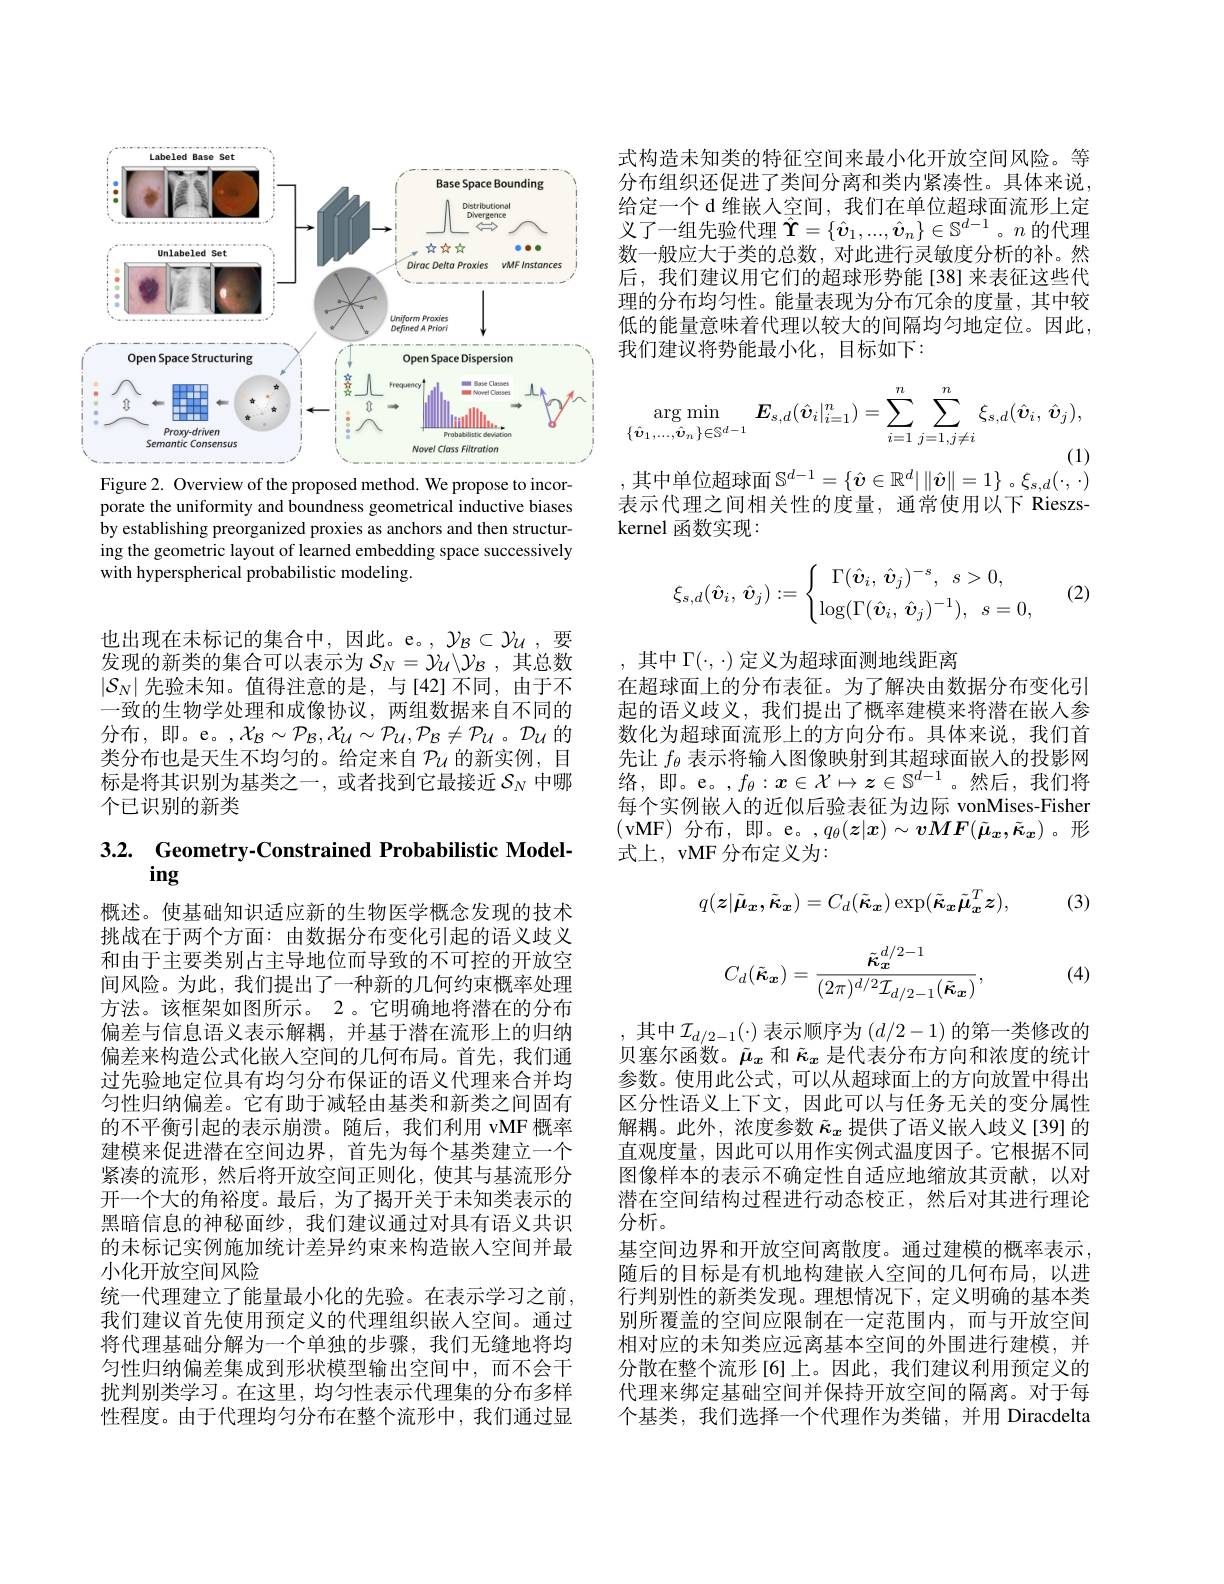
<FigureHere>
Figure 2. Overview of the proposed method. We propose to incor-

porate the uniformity and boundness geometrical inductive biases by establishing preorganized proxies as anchors and then structuring the geometric layout of learned embedding space successively with hyperspherical probabilistic modeling.

也出现在未标记的集合中，因此。e。,$\mathcal{Y}_{\mathcal{B}}\subset\mathcal{Y}_{\mathcal{U}}$,要发现的新类的集合可以表示为$\mathcal{S}_N=\mathcal{Y}_U\backslash\mathcal{Y}_B$,其总数$\left|\mathcal{S}_N\right|$先验未知。值得注意的是，与[42]不同，由于不一致的生物学处理和成像协议，两组数据来自不同的分布，即。e。,$\mathcal{X}_B\sim\mathcal{P}_{\mathcal{B}},\mathcal{X}_{\mathcal{U}}\sim\mathcal{P}_{\mathcal{U}},\mathcal{P}_{\mathcal{B}}\neq\mathcal{P}_{\mathcal{U}}$。$\mathcal{D}_{\mathcal{U}}$的类分布也是天生不均匀的。给定来自$\mathcal{P}_\mathrm{U}$的新实例，目标是将其识别为基类之一，或者找到它最接近$\mathcal{S}_N$中哪个已识别的新类

# 3.2. Geometry- Constrained Probabilistic Model-

概述。使基础知识适应新的生物医学概念发现的技术挑战在于两个方面：由数据分布变化引起的语义歧义和由于主要类别占主导地位而导致的不可控的开放空间风险。为此，我们提出了一种新的几何约束概率处理方法。该框架如图所示。2。它明确地将潜在的分布偏差与信息语义表示解耦，并基于潜在流形上的归纳偏差来构造公式化嵌人空间的几何布局。首先，我们通过先验地定位具有均匀分布保证的语义代理来合并均匀性归纳偏差。它有助于减轻由基类和新类之间固有的不平衡引起的表示崩溃。随后，我们利用 vMF 概率建模来促进潜在空间边界，首先为每个基类建立一个紧凑的流形，然后将开放空间正则化，使其与基流形分开一个大的角裕度。最后，为了揭开关于未知类表示的黑暗信息的神秘面纱，我们建议通过对具有语义共识的未标记实例施加统计差异约束来构造嵌入空间并最小化开放空间风险
统一代理建立了能量最小化的先验。在表示学习之前， 我们建议首先使用预定义的代理组织嵌人空间。通过将代理基础分解为一个单独的步骤，我们无缝地将均匀性归纳偏差集成到形状模型输出空间中，而不会干扰判别类学习。在这里，均匀性表示代理集的分布多样性程度。由于代理均匀分布在整个流形中，我们通过显

式构造未知类的特征空间来最小化开放空间风险。等分布组织还促进了类间分离和类内紧凑性。具体来说， 给定一个 d 维嵌人空间，我们在单位超球面流形上定义了一组先验代理$\hat{\Upsilon}=\{\hat{v}_1,...,\hat{v}_n\}\in\mathbb{S}^{d-1}$。$n$的代理数一般应大于类的总数，对此进行灵敏度分析的补。然后，我们建议用它们的超球形势能[38]来表征这些代理的分布均匀性。能量表现为分布冗余的度量，其中较低的能量意味着代理以较大的间隔均匀地定位。因此， 我们建议将势能最小化，目标如下：
$$\arg\min_{\{\hat{\boldsymbol{v}}_{1},...,\hat{\boldsymbol{v}}_{n}\}\in\mathbb{S}^{d-1}}\boldsymbol{E}_{s,d}(\hat{\boldsymbol{v}}_{i}|_{i=1}^{n})=\sum_{i=1}^{n}\sum_{j=1,j\neq i}^{n}\xi_{s,d}(\hat{\boldsymbol{v}}_{i},\:\hat{\boldsymbol{v}}_{j}),$$
,其中单位超球面$\mathbb{S}^d-1=\{\hat{\boldsymbol{\upsilon}}\in\mathbb{R}^d|\left\|\hat{\boldsymbol{\upsilon}}\right\|=1\}$ 。$\xi_s,d(\cdot,\cdot)$

表示代理之间相关性的度量，通常使用以下 Rieszs-
kernel 函数实现：

(2)
$$\xi_{s,d}(\hat{\boldsymbol{v}}_i,\:\hat{\boldsymbol{v}}_j):=\begin{cases}\quad\Gamma(\hat{\boldsymbol{v}}_i,\:\hat{\boldsymbol{v}}_j)^{-s},\:s>0,\\\log(\Gamma(\hat{\boldsymbol{v}}_i,\:\hat{\boldsymbol{v}}_j)^{-1}),\:s=0,\end{cases}$$
,其中$\Gamma(\cdot,\cdot)$定义为超球面测地线距离
在超球面上的分布表征。为了解决由数据分布变化引起的语义歧义，我们提出了概率建模来将潜在嵌人参数化为超球面流形上的方向分布。具体来说，我们首先让$f_{\theta}$表示将输人图像映射到其超球面嵌人的投影网络，即。e。,$f_\theta:\boldsymbol{x}\in\mathcal{X}\mapsto\boldsymbol{z}\in\mathbb{S}^{d-1}$。然后，我们将每个实例嵌人的近似后验表征为边际 vonMises-Fisher (vMF)分布，即。e。$,q_\theta(\boldsymbol{z}|\boldsymbol{x})\sim\boldsymbol{v}M\boldsymbol{F}(\tilde{\boldsymbol{\mu}}_{\boldsymbol{x}},\tilde{\boldsymbol{\kappa}}_{\boldsymbol{x}})$。形式上，vMF 分布定义为：

(3)
$$q(\boldsymbol{z}|\tilde{\boldsymbol{\mu}}_{\boldsymbol{x}},\tilde{\boldsymbol{\kappa}}_{\boldsymbol{x}})=C_d(\tilde{\boldsymbol{\kappa}}_{\boldsymbol{x}})\exp(\tilde{\boldsymbol{\kappa}}_{\boldsymbol{x}}\tilde{\boldsymbol{\mu}}_{\boldsymbol{x}}^T\boldsymbol{z}),$$
$$C_d(\tilde{\boldsymbol{\kappa}}_{\boldsymbol{x}})=\frac{\tilde{\kappa}_{\boldsymbol{x}}^{d/2-1}}{(2\pi)^{d/2}\mathcal{I}_{d/2-1}(\tilde{\boldsymbol{\kappa}}_{\boldsymbol{x}})},$$
(4)

,其中$\mathcal{I}_d/2-1(\cdot)$表示顺序为$(d/2-1)$的第一类修改的贝塞尔函数。$\tilde{\mu}_x$和$\tilde{\kappa}_x$是代表分布方向和浓度的统计参数。使用此公式，可以从超球面上的方向放置中得出区分性语义上下文，因此可以与任务无关的变分属性解耦。此外，浓度参数$\tilde{\kappa}_x$提供了语义嵌人歧义[39]的直观度量，因此可以用作实例式温度因子。它根据不同图像样本的表示不确定性自适应地缩放其贡献，以对潜在空间结构过程进行动态校正，然后对其进行理论分析。
基空间边界和开放空间离散度。通过建模的概率表示随后的目标是有机地构建嵌人空间的几何布局，以进行判别性的新类发现。理想情况下，定义明确的基本类别所覆盖的空间应限制在一定范围内，而与开放空间相对应的未知类应远离基本空间的外围进行建模，并分散在整个流形[6]上。因此，我们建议利用预定义的代理来绑定基础空间并保持开放空间的隔离。对于每个基类，我们选择一个代理作为类锚，并用 Diracdelta